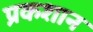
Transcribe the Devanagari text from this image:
प्रकशान